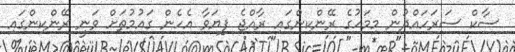
ސާކް ސަރަހައްދުން މިމަހުގެ ރޭންކިންގައި ރާއްޖެ ފިޔަވާ އެހެން ގައުމުތަށް ވަނީ ރޭންކިންގައި